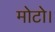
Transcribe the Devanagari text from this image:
मोटो।